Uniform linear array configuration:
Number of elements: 32
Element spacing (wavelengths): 1
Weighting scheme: binomial
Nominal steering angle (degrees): -15
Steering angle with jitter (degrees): -15.874
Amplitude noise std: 0.05
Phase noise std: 0.05

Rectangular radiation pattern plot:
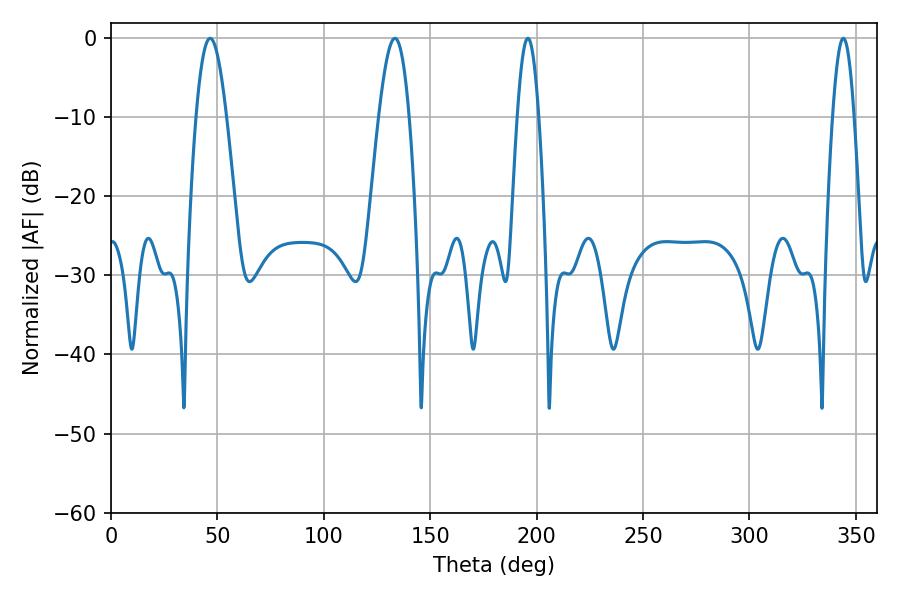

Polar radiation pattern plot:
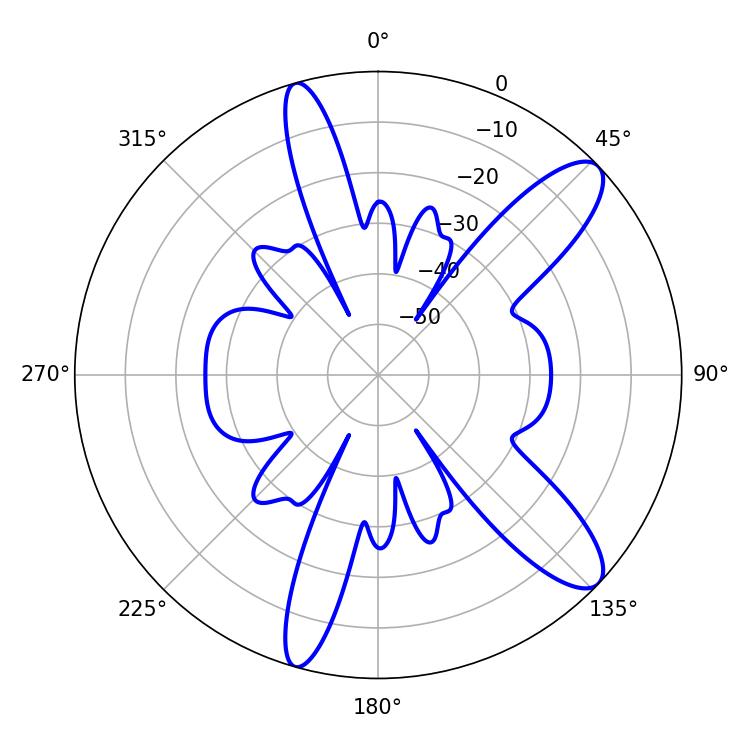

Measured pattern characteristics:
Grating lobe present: TRUE
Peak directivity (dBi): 11.065
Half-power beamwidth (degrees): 7.74
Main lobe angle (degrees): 46.62